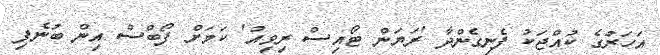
އަހަރުގެ ކުއްޖަކު ފެނިގެންދާ 'ރަޔަން ޓޯއިސް ރިވިއު' ކަމަށް ފޯބްސް އިން ބުނެފި